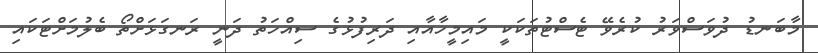
މާބަނޑު ދުވަސްވަރު ކުރެވޭ ޓެސްޓުތަކަކީ މައިމީހާއާއި ދަރިފުޅުގެ ސިއްހަތު ދަނީ ރަނގަޅަށްތޯ ބެލުމަށްޓަކައި